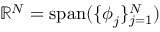
\mathbb { R } ^ { N } = \operatorname { s p a n } ( \{ \boldsymbol { \phi } _ { j } \} _ { j = 1 } ^ { N } )